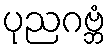
ပုညဂဗ္ဘံ